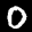
Label: 0